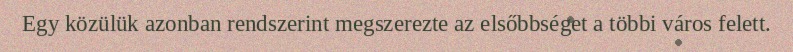
Egy közülük azonban rendszerint megszerezte az elsőbbséget a többi város felett.